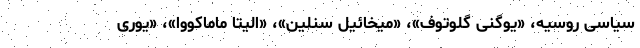
سیاسی روسیه، «یوگنی گلوتوف»، «میخائیل سنلین»، «الیتا ماماکووا»، «یوری